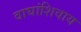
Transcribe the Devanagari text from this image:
वाघांशिवाय